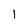
Character: l